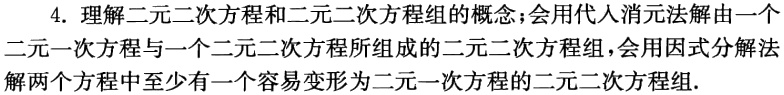
4. 理解二元二次方程和二元二次方程组的概念；会用代入消元法解由一个二元一次方程与一个二元二次方程所组成的二元二次方程组，会用因式分解法解两个方程中至少有一个容易变形为二元一次方程的二元二次方程组.